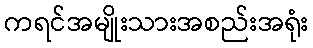
ကရင်အမျိုးသားအစည်းအရုံး